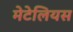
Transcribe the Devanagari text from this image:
मेटेलियस